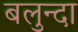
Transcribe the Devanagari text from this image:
बलुन्दा